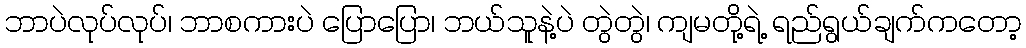
ဘာပဲလုပ်လုပ်၊ ဘာစကားပဲ ပြောပြော၊ ဘယ်သူနဲ့ပဲ တွဲတွဲ၊ ကျမတို့ရဲ့ ရည်ရွယ်ချက်ကတော့